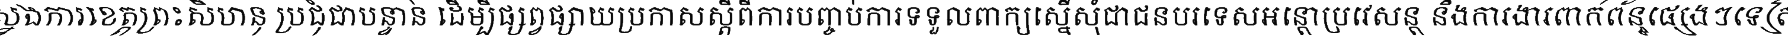
ស្នងការខេត្តព្រះសីហនុ ប្រជុំជាបន្ទាន់ ដើម្បីផ្សព្វផ្សាយប្រកាសស្តីពីការបញ្ចប់ការទទួលពាក្យស្នើសុំជាជនបរទេសអន្តោប្រវេសន្ត និងការងារពាក់ព័ន្ធផ្សេងៗទៀត